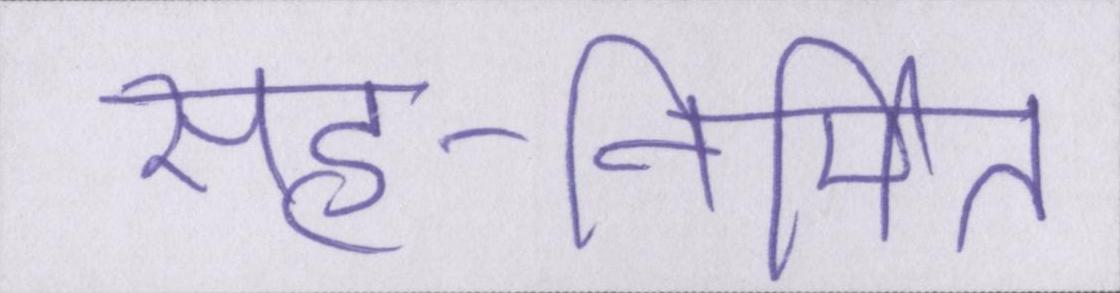
सह-निर्मित